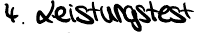
4. Leistungstest